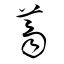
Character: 薺